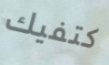
كتفيك